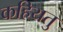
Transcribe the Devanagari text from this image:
कहियतु